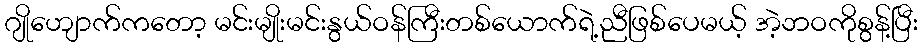
ဂျိုဟျောက်ကတော့ မင်းမျိုးမင်းနွယ်ဝန်ကြီးတစ်ယောက်ရဲ့ညီဖြစ်ပေမယ့် အဲ့ဘဝကိုစွန့်ပြီး